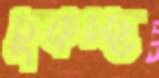
চুকচ্ছ